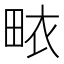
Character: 畩